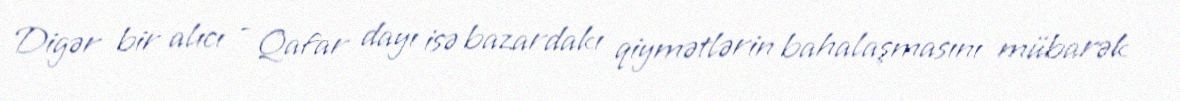
Digər bir alıcı - Qafar dayı isə bazardakı qiymətlərin bahalaşmasını mübarək